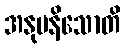
အနုပနိသောတိ